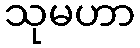
သုမဟာ